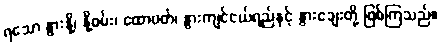
ရသော နွားနို့၊ နို့ဓမ်း၊ ထောပတ်၊ နွားကျင်ငယ်ရည်နှင့် နွားချေးတို့ ဖြစ်ကြသည်။